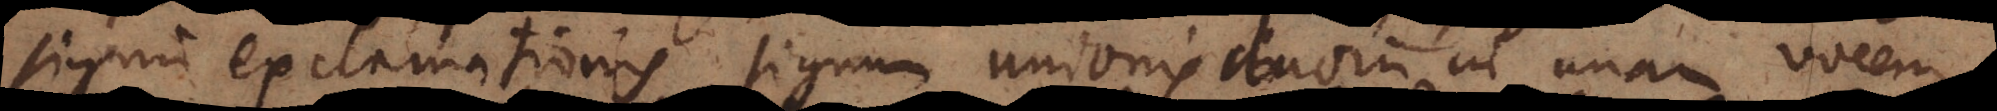
signum exclamationis, signum unionis duorum in unam vocem,